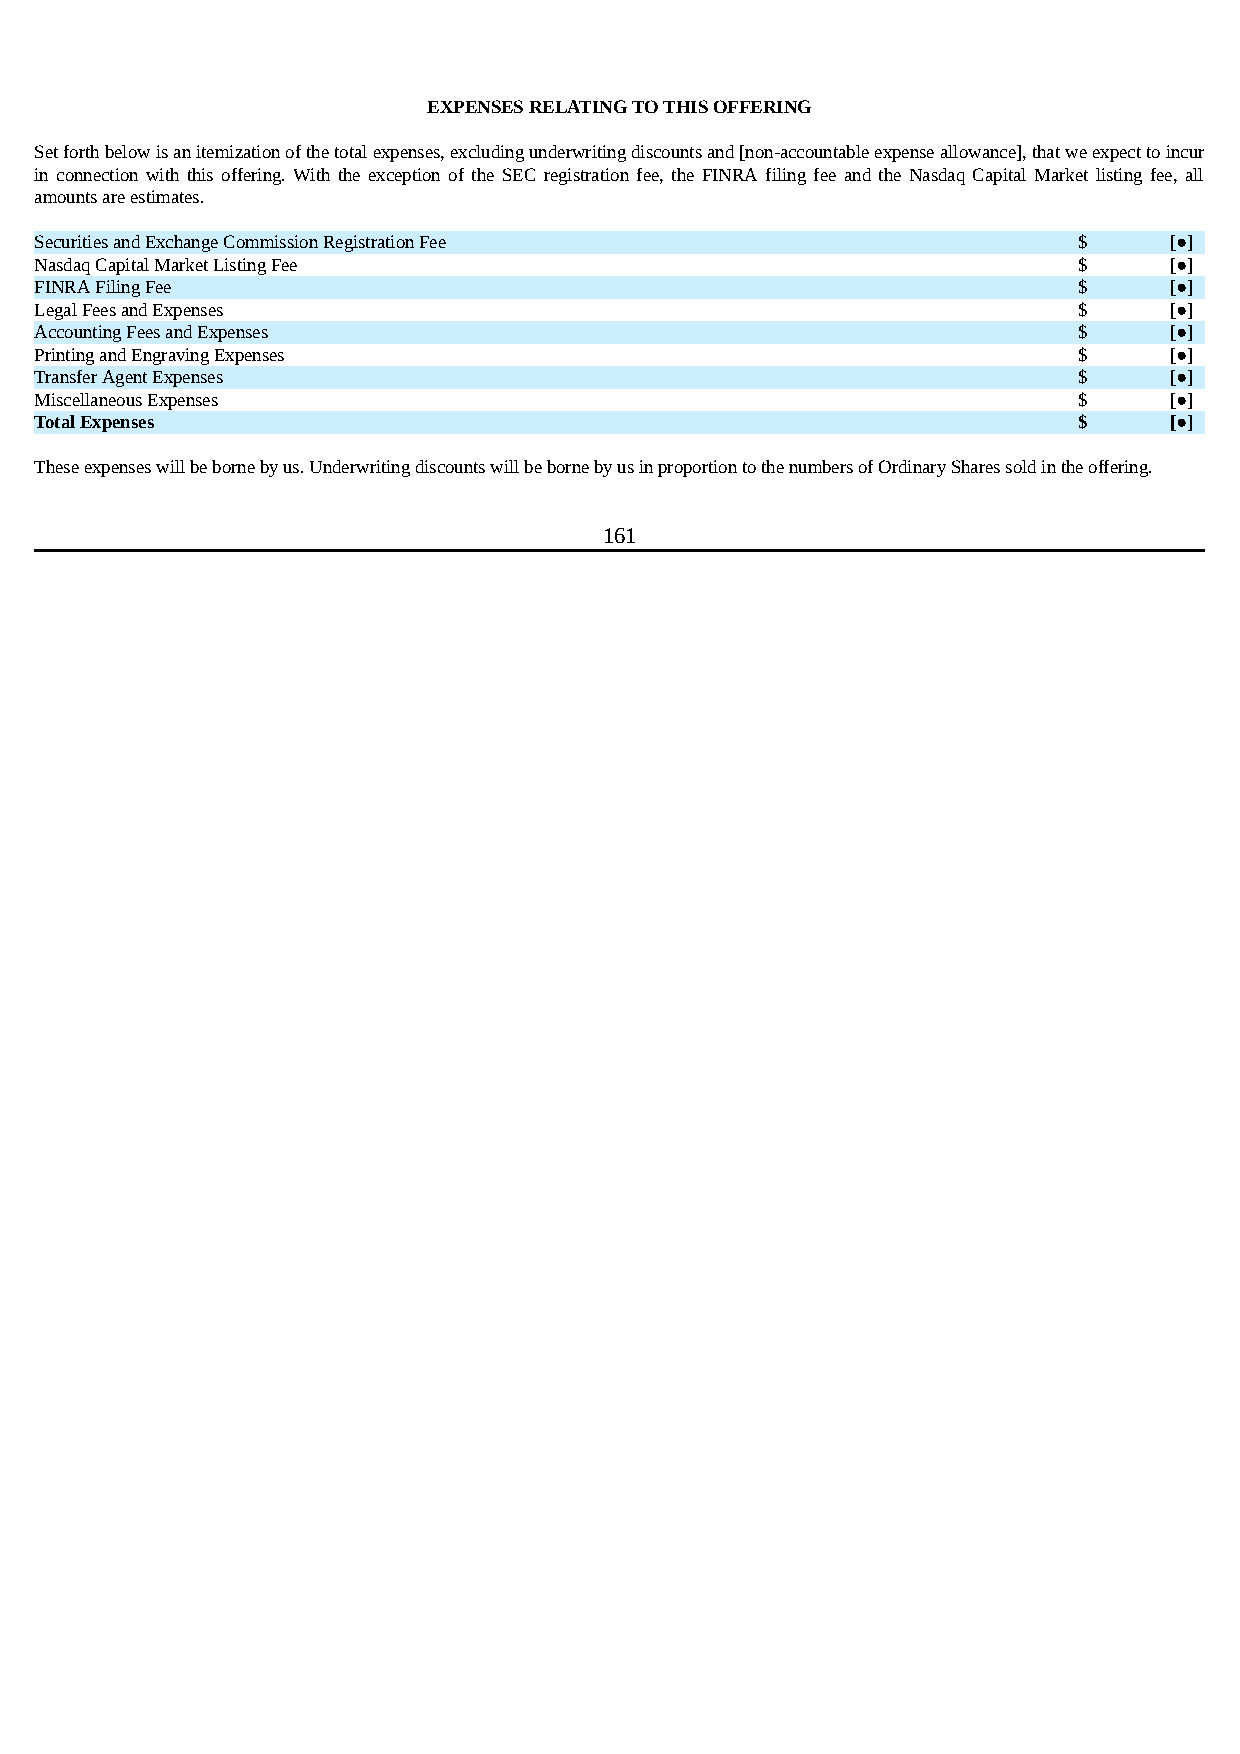
EXPENSES RELATING TO THIS OFFERING
 Set forth below is an itemization of the total expenses, excluding underwriting discounts and [non-accountable expense allowance], that we expect to incur
 in connection with this offering. With the exception of the SEC registration fee, the FINRA filing fee and the Nasdaq Capital Market listing fee, all
 amounts are estimates.
 Securities and Exchange Commission Registration Fee                  $     [●]
 Nasdaq Capital Market Listing Fee                                    $     [●]
 FINRA Filing Fee                                                     $     [●]
 Legal Fees and Expenses                                              $     [●]
 Accounting Fees and Expenses                                         $     [●]
 Printing and Engraving Expenses                                      $     [●]
 Transfer Agent Expenses                                              $     [●]
 Miscellaneous Expenses                                               $     [●]
 Total Expenses                                                       $     [●]
 These expenses will be borne by us. Underwriting discounts will be borne by us in proportion to the numbers of Ordinary Shares sold in the offering.
 161